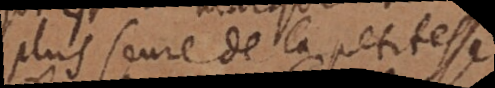
plus seure de la petitesse